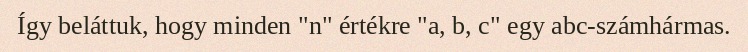
Így beláttuk, hogy minden "n" értékre "a, b, c" egy abc-számhármas.